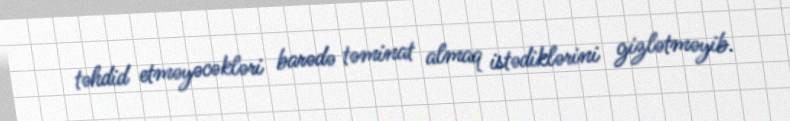
təhdid etməyəcəkləri barədə təminat almaq istədiklərini gizlətməyib.